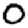
Digit: 0